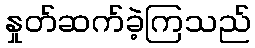
နှုတ်ဆက်ခဲ့ကြသည်